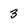
Character: 3